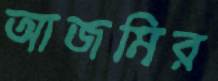
আজমির